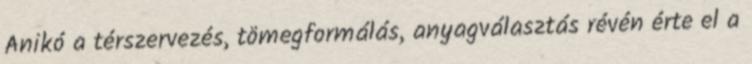
Anikó a térszervezés, tömegformálás, anyagválasztás révén érte el a